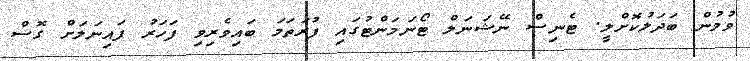
ވުމުން ބަދަލުކޮށްލީ. ޓެނިސް ނޭޝަނަލް ޓޯނަމަންޓުގައި ފުރަތަމަ ބައިވެރިވި ފަހަރު ފައިނަލަށް ގޮސް